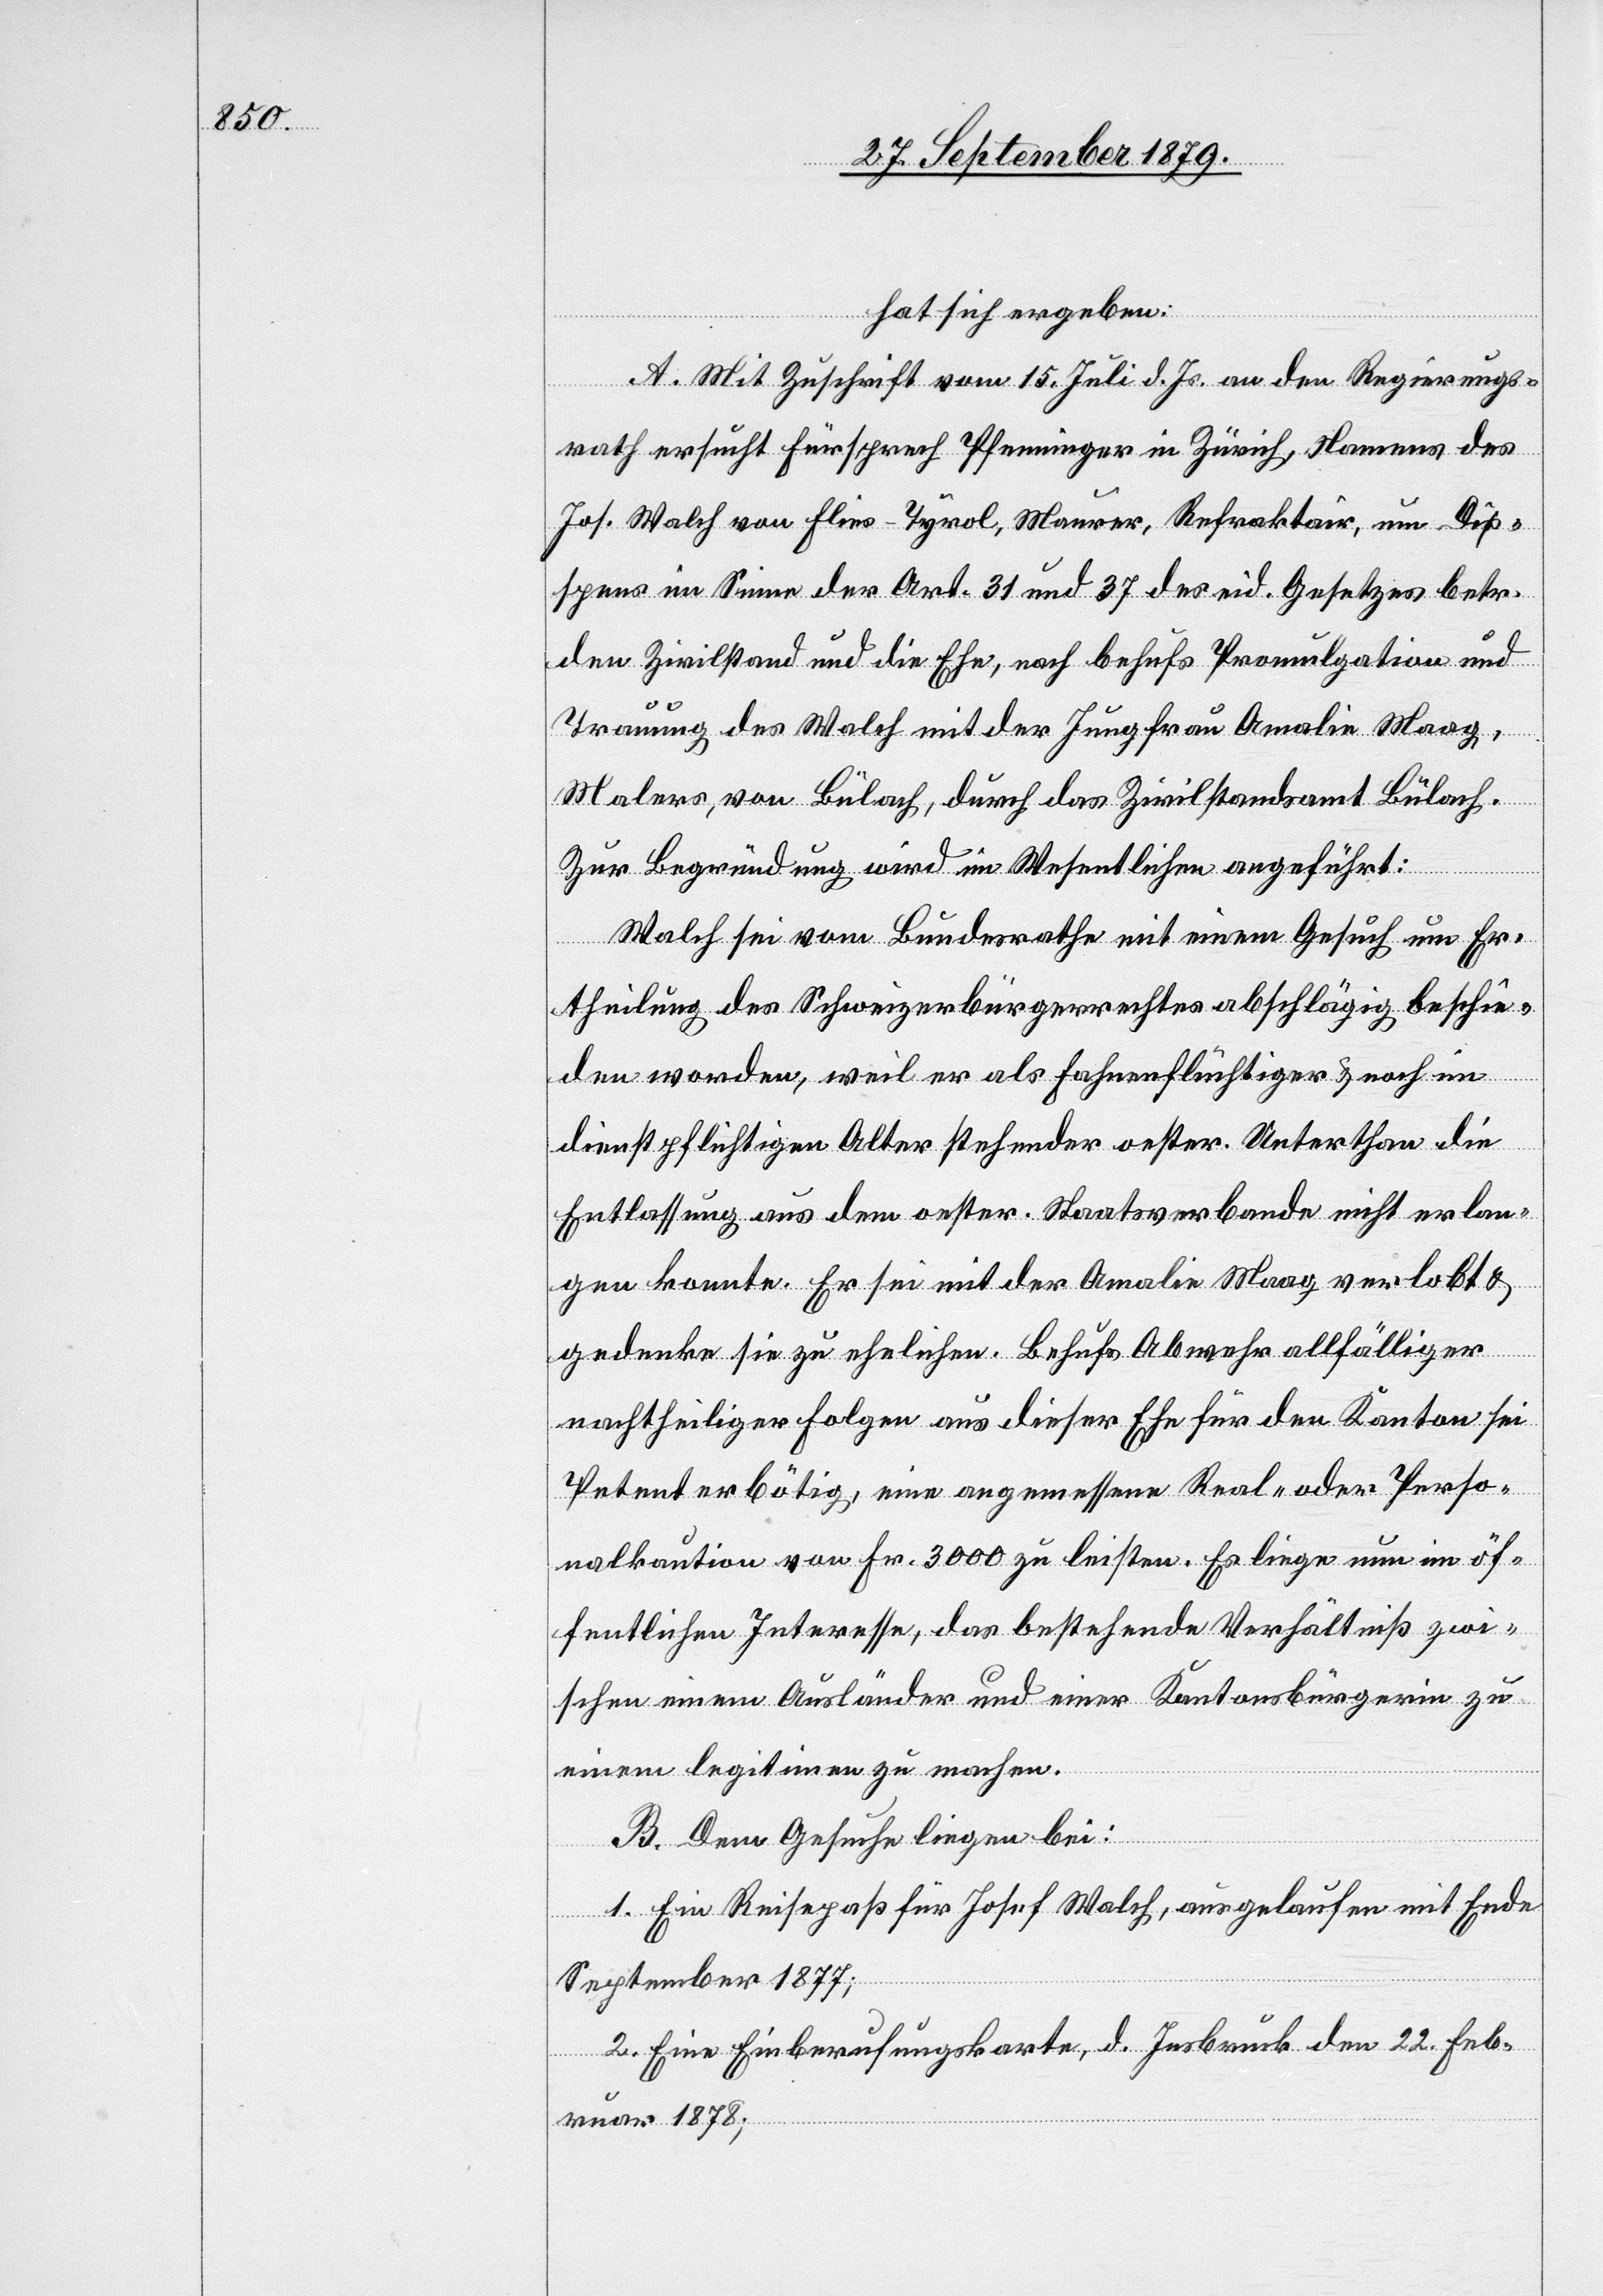
hat sich ergeben:
A. Mit Zuschrift vom 15. Juli d. Js. an den Regierungs¬
rath ersucht Fürsprech Pfenninger in Zürich, Namens des
Jos. Walch von Flies - Tyrol, Maurer, Refraktär, um Dis¬
pens im Sinne der Art. 31 und 37 des eid. Gesetzes betr.
den Zivilstand und die Ehe, nach behufs Promulgation und
Trauung des Walch mit der Jungfrau Amalie Maag,
Malers, von Bülach, durch das Zivilstandsamt Bülach.
Zur Begründung wird im Wesentlichen angeführt:
Walch sei vom Bundesrathe mit einem Gesuch um Er¬
theilung des Schweizerbürgerrechtes abschlägig beschie¬
den worden, weil er als Fahnenflüchtiger & noch im
dienstpflichtigen Alter stehender oester. Unterthan die
Entlassung aus dem oester. Staatsverbande nicht erlan¬
gen konnte. Er sei mit der Amalie Maag verlobt &
gedenke sie zu ehelichen. Behufs Abwehr allfälliger
nachtheiliger Folgen aus dieser Ehe für den Kanton sei
Petent erbötig, eine angemessene Real- oder Perso¬
nalkaution von Fr. 3000 zu leisten. Es liege nur im öf¬
fentlichen Interesse, das bestehende Verhältniß zwi¬
schen einem Ausländer und einer Kantonsbürgerin zu
einem legitimen zu machen.
B. Dem Gesuche liegen bei:
1. Ein Reisepaß für Josef Walch, ausgelaufen mit Ende
September 1877;
2. Eine Einberufungskarte, d. Innsbruck den 22. Feb¬
ruar 1878;